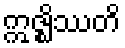
ဣဇ္ဈိဿတိ